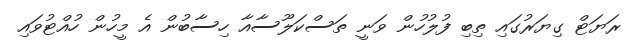
ރަޔަޓް ގިޔަރުގައި ތިބި ފުލުހުން ވަނީ ތަސްކަލޫސާއާ ހިސާބުން އެ މީހުން ހުއްޓުވައި